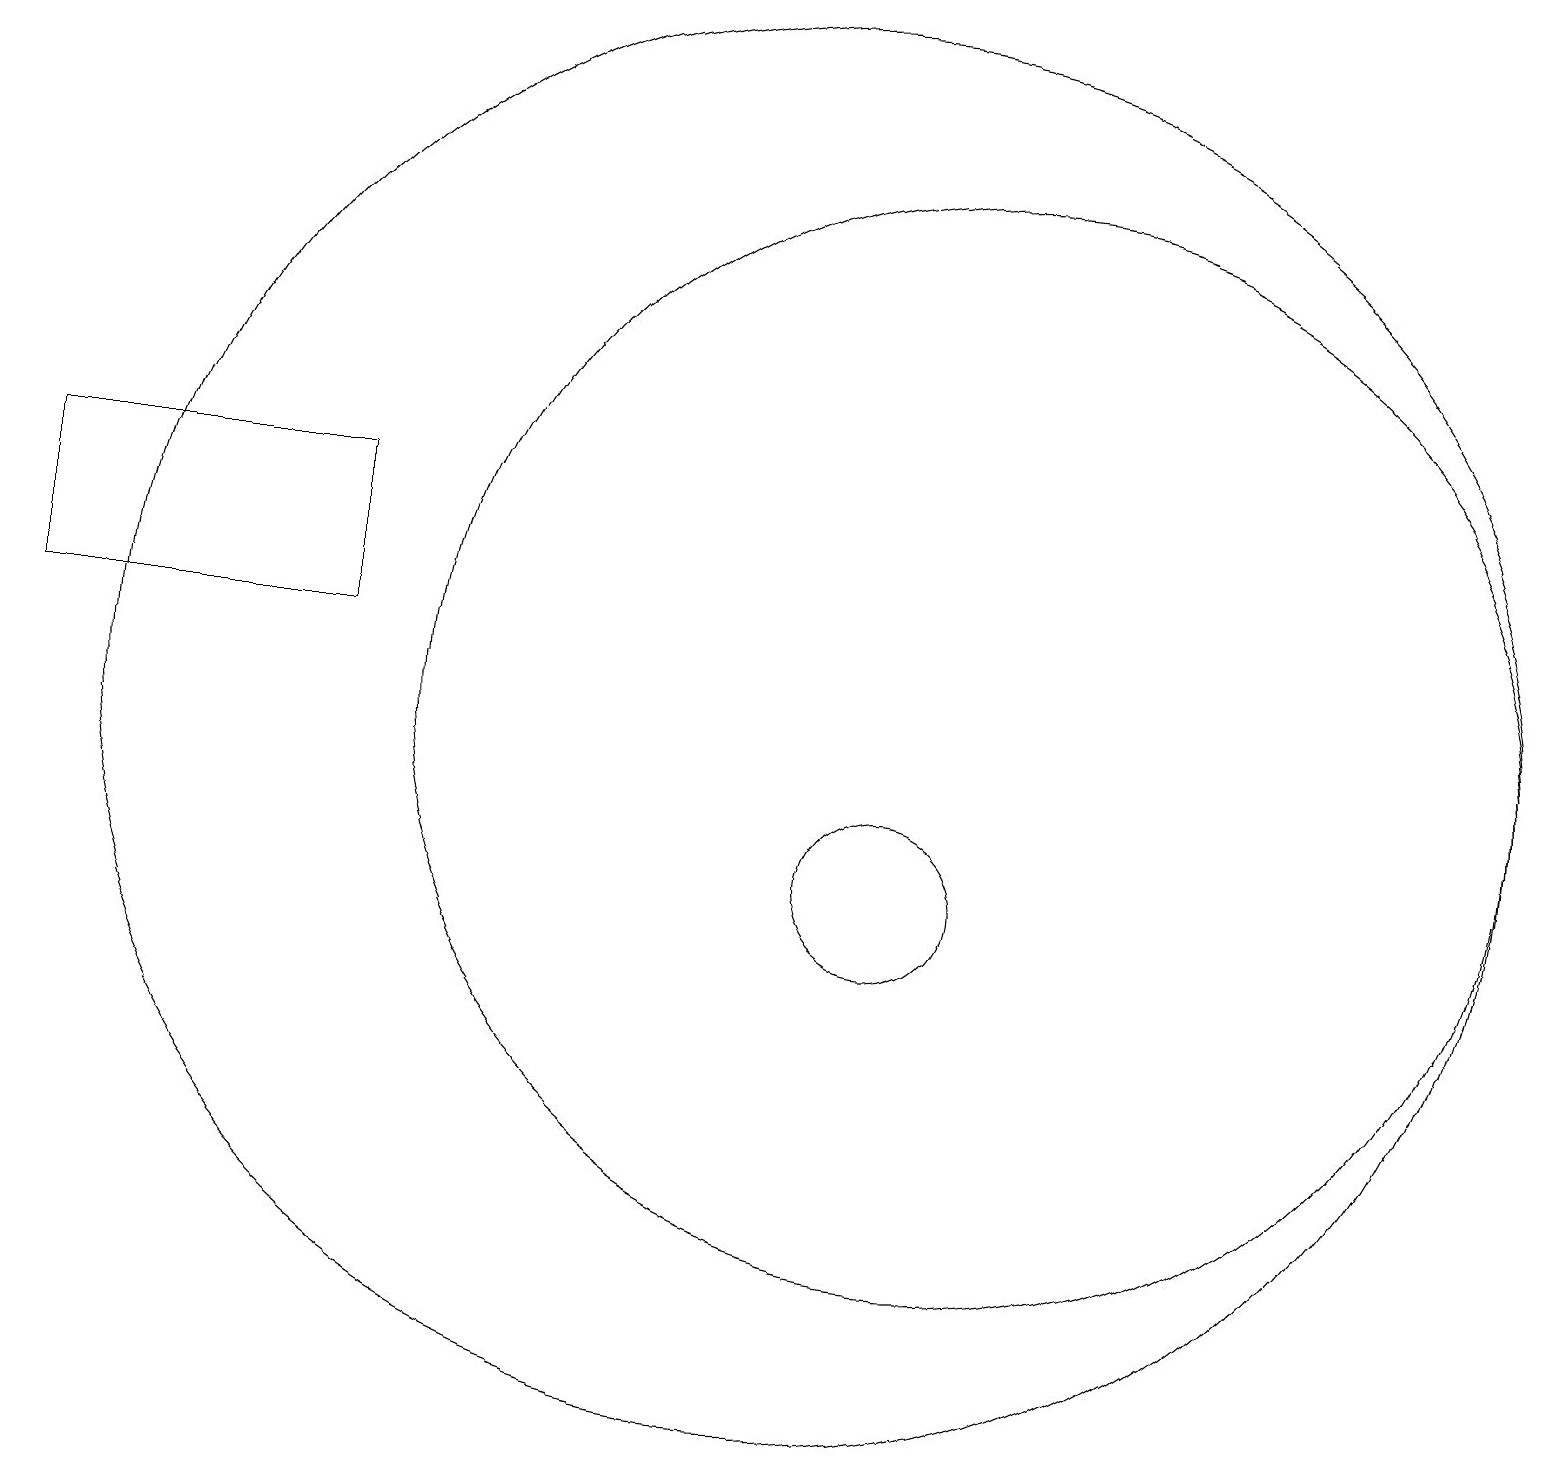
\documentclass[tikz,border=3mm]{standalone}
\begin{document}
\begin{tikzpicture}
\draw (11,10) circle (1);
\draw (10,12) circle (9);
\draw (4,15) rectangle (0,13);
\draw (12,12) circle (7);
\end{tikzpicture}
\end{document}